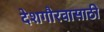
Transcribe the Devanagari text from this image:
देशगौरवासाठी